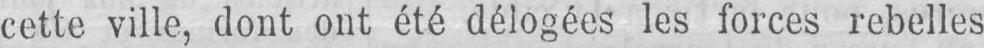
cette ville, dont ont été délogées les forces rebelles